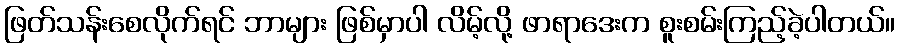
ဖြတ်သန်းစေလိုက်ရင် ဘာများ ဖြစ်မှာပါ လိမ့်လို့ ဖာရာဒေးက စူးစမ်းကြည့်ခဲ့ပါတယ်။